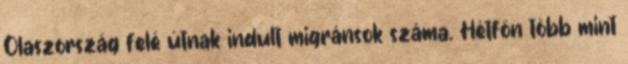
Olaszország felé útnak indult migránsok száma. Hétfőn több mint